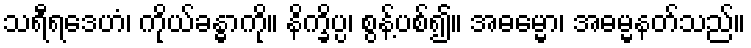
သရီရဒေဟံ၊ ကိုယ်ခန္ဓာကို။ နိက္ခိပ္ပ၊ စွန့်ပစ်၍။ အဓမ္မော၊ အဓမ္မနတ်သည်။